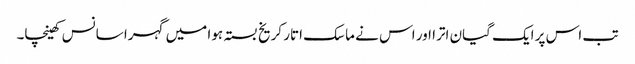
تب اس پر ایک گیان اترا اور اس نے ماسک اتار کر یخ بستہ ہوا میں گہرا سانس کھینچا۔